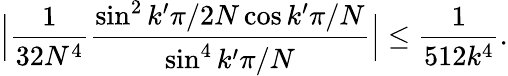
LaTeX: \Big|\frac{1}{32N^{4}}\frac{\sin^{2}k^{\prime}\pi/2N\cos k^{\prime}\pi/N}{\sin^{4}k^{\prime}\pi/N}\Big|\leq\frac{1}{512k^{4}}.